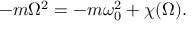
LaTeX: - m \Omega ^ { 2 } = - m \omega _ { 0 } ^ { 2 } + \chi ( \Omega ) .